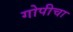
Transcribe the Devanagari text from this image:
गोपीचा